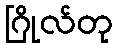
ဂြိုလ်တု